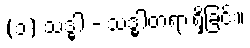
(၁) သဒ္ဓါ - သဒ္ဓါတရားရှိခြင်း။